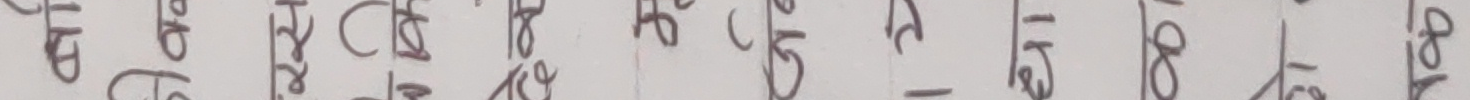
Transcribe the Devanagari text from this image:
अनि राम्रो छैन रहेछ क्यारे। ११८ ।१५ |१८